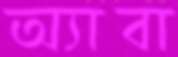
অ্যাবা